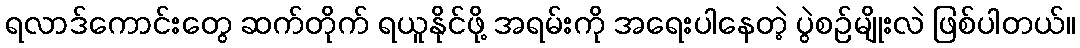
ရလာဒ်ကောင်းတွေ ဆက်တိုက် ရယူနိုင်ဖို့ အရမ်းကို အရေးပါနေတဲ့ ပွဲစဉ်မျိုးလဲ ဖြစ်ပါတယ်။